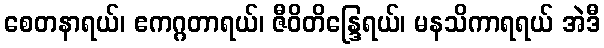
စေတနာရယ်၊ ဧကဂ္ဂတာရယ်၊ ဇီဝိတိန္ဒြေရယ်၊ မနသိကာရရယ် အဲဒီ